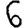
Digit: 6